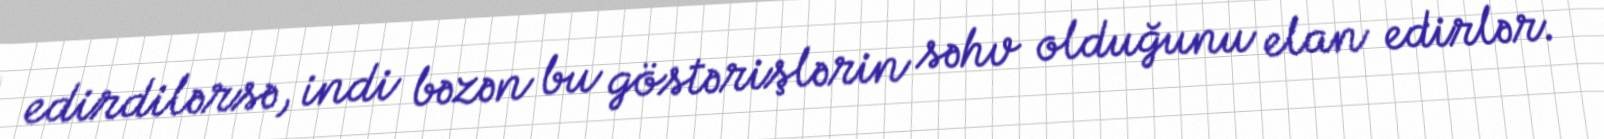
edirdilərsə, indi bəzən bu göstərişlərin səhv olduğunu elan edirlər.